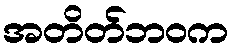
အတိတ်ဘဝက